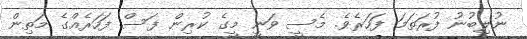
ނުލިބުނު ފުރަތަމަ ފަހަރެވެ. މެސީ ވަނީ މީގެ ކުރިން ފަސް ފަހަރެއްގެ މަތިން